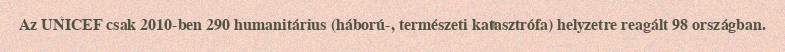
Az UNICEF csak 2010-ben 290 humanitárius (háború-, természeti katasztrófa) helyzetre reagált 98 országban.